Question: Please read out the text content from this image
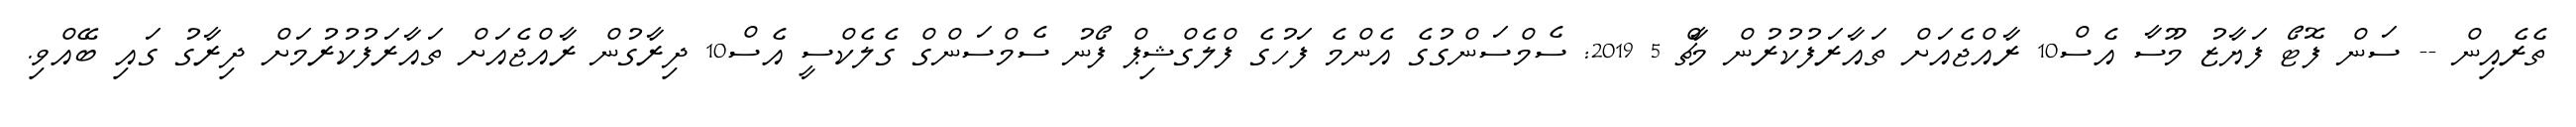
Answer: ތެރެއިން -- ސަން ފޮޓޯ ފަޔާޒު މޫސާ އެސް10 ރާއްޖެއަށް ތައާރަފުކުރުން މާޗް 5 2019: ސެމްސަންގުގެ އެންމެ ފަހުގެ ފްލެގްޝިޕް ފޯނު ސެމްސަންގް ގެލެކްސީ އެސް10 ދިރާގުން ރާއްޖެއަށް ތައާރަފުކުރުމަށް ދިރާގު ގައި ބޭއްވި.